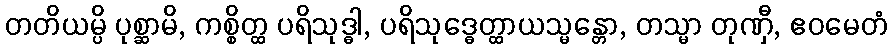
တတိယမ္ပိ ပုစ္ဆာမိ, ကစ္စိတ္ထ ပရိသုဒ္ဓါ, ပရိသုဒ္ဓေတ္ထာယသ္မန္တော, တသ္မာ တုဏှီ, ဧဝမေတံ